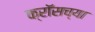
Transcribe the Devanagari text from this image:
क्रॉसच्या